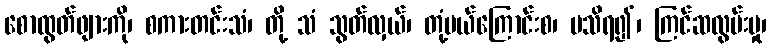
စောထွတ်ဖျားကို၊ စကားတင်းသံ၊ တို့ သံ သွတ်လှယ်၊ တုံ့ပယ်ကြောင်းစ၊ မသိရ၍၊ ကြင်ဆလွမ်းမှု၊